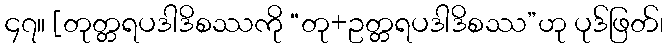
၄၇။ [တုတ္တရပဒါဒိစဿကို “တု+ဥတ္တရပဒါဒိစဿ”ဟု ပုဒ်ဖြတ်၊